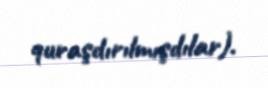
quraşdırılmışdılar).